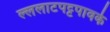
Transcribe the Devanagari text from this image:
ल्ललाटपट्टपावके